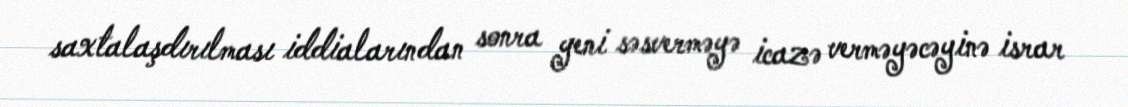
saxtalaşdırılması iddialarından sonra yeni səsverməyə icazə verməyəcəyinə israr